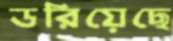
ডরিয়েছে